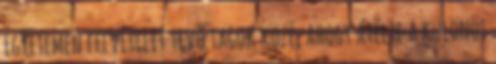
Egyetemen felvételit tevő tagok közé, ahogy átélte a különös